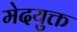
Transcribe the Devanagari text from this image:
मेदयुक्त